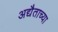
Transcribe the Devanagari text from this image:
अद्यैताच्या